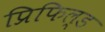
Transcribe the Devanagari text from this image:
प्रिफिल्ड